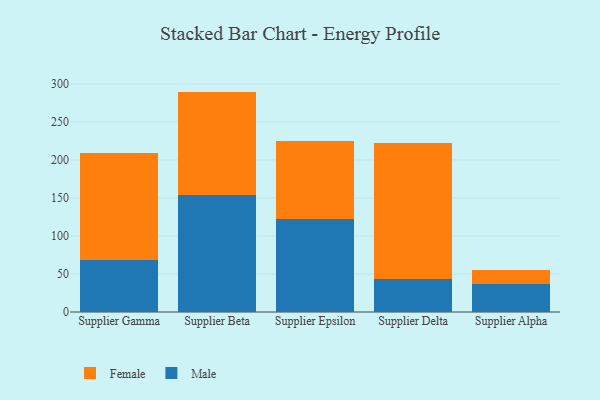
{"axis": {"x": "Supplier", "y": "Population (Million)"}, "legend": ["Female", "Male"], "data": [{"x": "Supplier Gamma", "y": 68.3, "type": "Male"}, {"x": "Supplier Gamma", "y": 140.8, "type": "Female"}, {"x": "Supplier Beta", "y": 153.5, "type": "Male"}, {"x": "Supplier Beta", "y": 136.4, "type": "Female"}, {"x": "Supplier Epsilon", "y": 122.7, "type": "Male"}, {"x": "Supplier Epsilon", "y": 102.8, "type": "Female"}, {"x": "Supplier Delta", "y": 43.0, "type": "Male"}, {"x": "Supplier Delta", "y": 179.3, "type": "Female"}, {"x": "Supplier Alpha", "y": 36.2, "type": "Male"}, {"x": "Supplier Alpha", "y": 19.3, "type": "Female"}]}